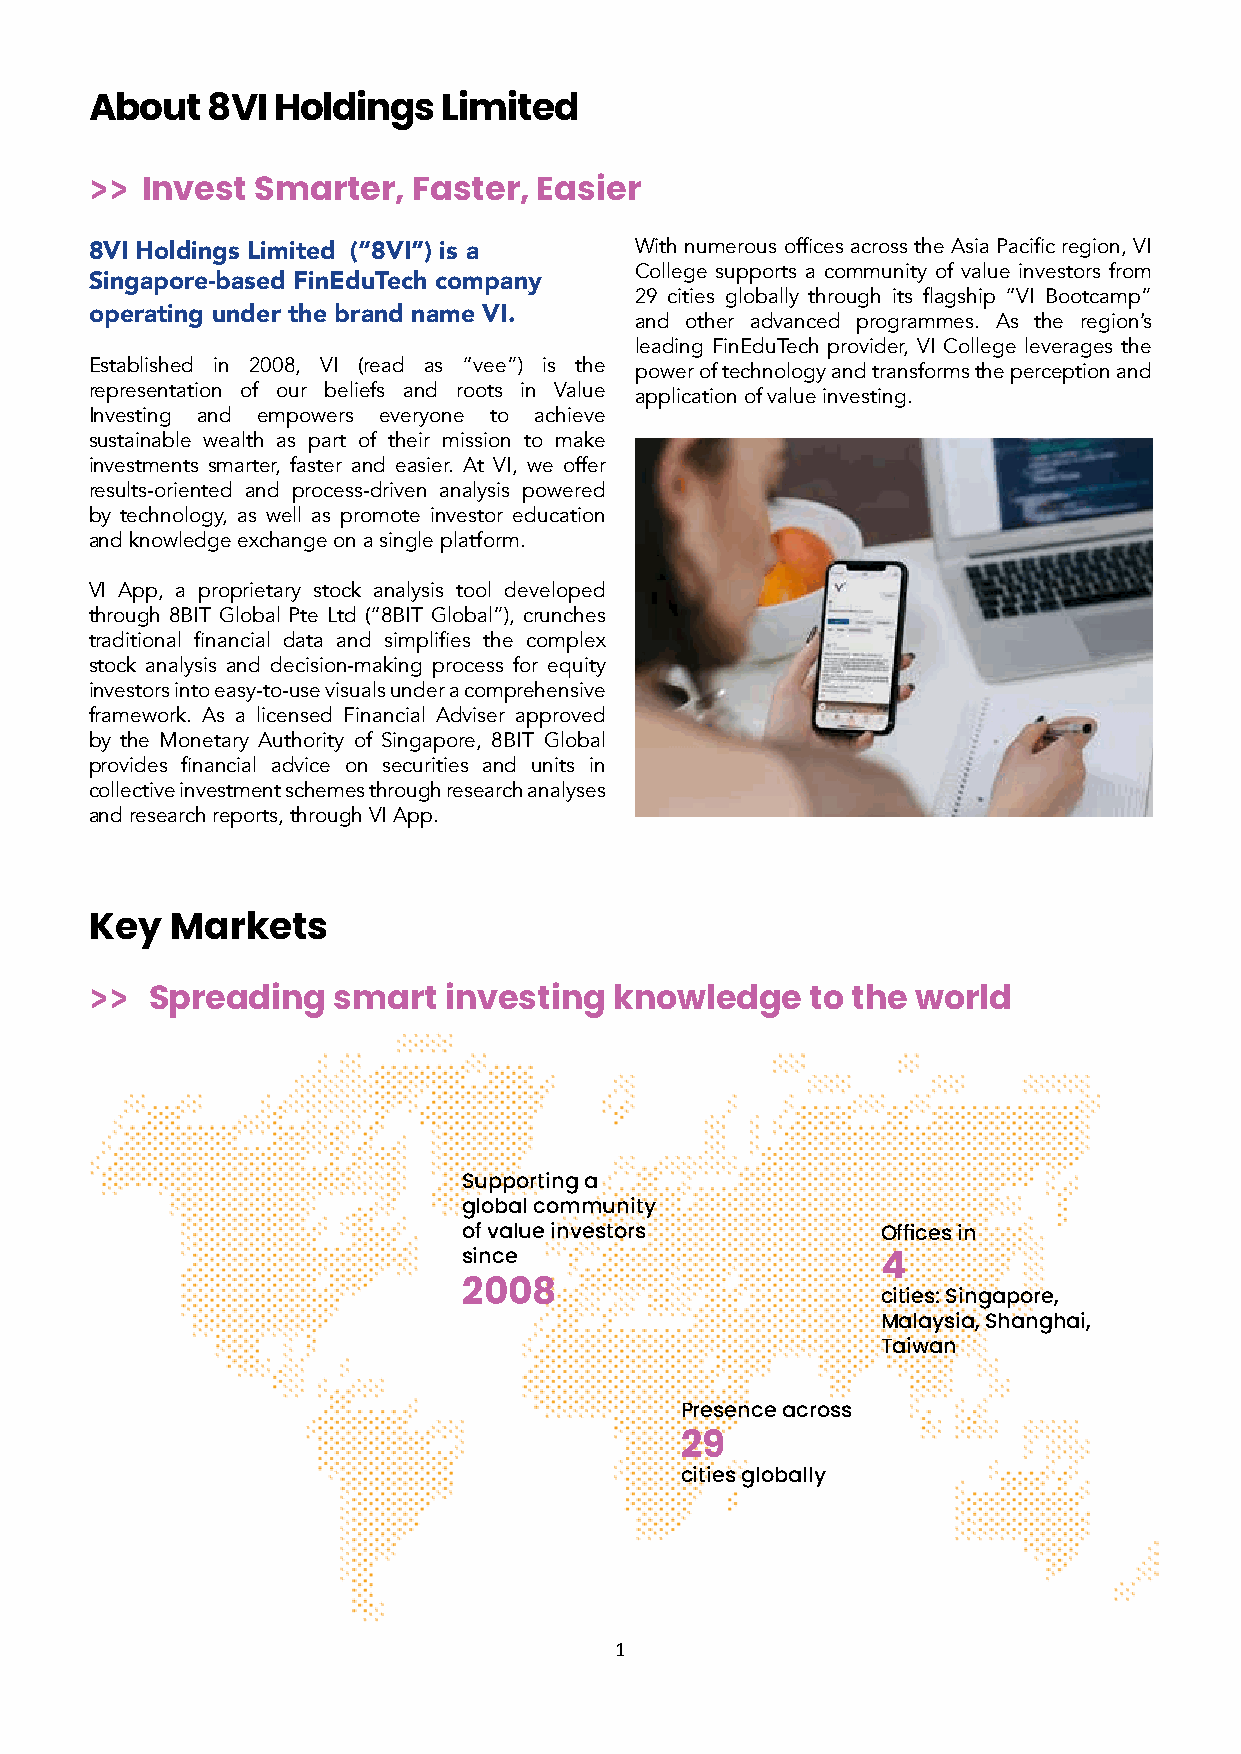
About   8VI Holdings   Limited
 >>
 Invest  Smarter,  Faster,  Easier
 With numerous offices across the Asia Pacific region, VI
 8VI Holdings Limited (“8VI”) is a
 College supports a community of value investors from
 Singapore-based FinEduTech company
 29 cities globally through its flagship “VI Bootcamp”
 operating under the brand name VI.  and other advanced programmes. As the region’s
 leading FinEduTech provider, VI College leverages the
 Established in 2008, VI (read as “vee”) is the
 power of technology and transforms the perception and
 representation of our beliefs and roots in Value
 application of value investing.
 Investing and empowers everyone to achieve
 sustainable wealth as part of their mission to make
 investments smarter, faster and easier. At VI, we offer
 results-oriented and process-driven analysis powered
 by technology, as well as promote investor education
 and knowledge exchange on a single platform.
 VI App, a proprietary stock analysis tool developed
 through 8BIT Global Pte Ltd (“8BIT Global”), crunches
 traditional financial data and simplifies the complex
 stock analysis and decision-making process for equity
 investors into easy-to-use visuals under a comprehensive
 framework. As a licensed Financial Adviser approved
 by the Monetary Authority of Singapore, 8BIT Global
 provides financial advice on securities and units in
 collective investment schemes through research analyses
 and research reports, through VI App.
 Key  Markets
 >>
 Spreading   smart  investing   knowledge    to the world
 Supporting a
 global community
 of value investors         Offices in
 since
 4
 2008                       cities: Singapore,
 Malaysia, Shanghai,
 Taiwan
 Presence across
 29
 cities globally
 1